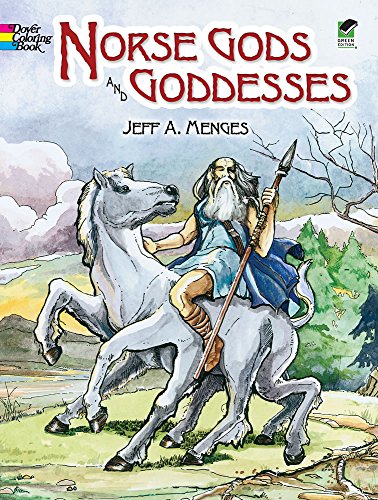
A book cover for Norse Gods and Goddesses (Dover Coloring Book); Jeff A. Menges; Children's Books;